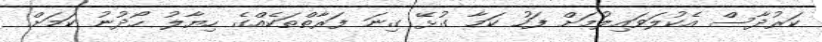
ކަރުދާސް އެކުލަވައިލުމަށް ފަހު ކަމާ ގުޅޭ ގިނަ ފަރާތްތަކެއްގެ ހިޔާލު ހޯދުނު ކަމަށް